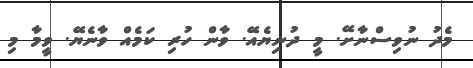
މެދު ނުވިސްނާށޭ. މީ ދުނިޔެއޭ. ވާން ހުރި ކަމެއް ވާނެޔޭ. ވީމާ މި